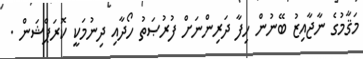
މަޤާމުގެ ނާޖާއިޒު ބޭނުން ހިފާ ދަރިންނަށް ފުރުޞަތު ހޯދާއި ދިނުމަކީ ކޮރަޕްޝަން .